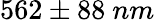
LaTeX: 562\pm 88~nm